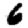
Digit: 6